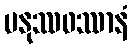
မနုဿဖဿာနံ